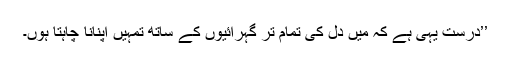
’’درست یہی ہے کہ میں دل کی تمام تر گہرائیوں کے ساتھ تمہیں اپنانا چاہتا ہوں۔